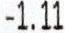
-1.11